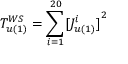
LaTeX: T _ { u ( 1 ) } ^ { W S } = { \sum _ { i = 1 } ^ { 2 0 } } { [ J _ { u ( 1 ) } ^ { i } ] } ^ { 2 }